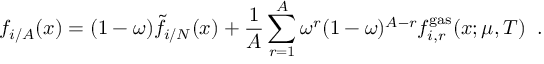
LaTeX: f _ { i / A } ( x ) = ( 1 - \omega ) { \tilde { f } } _ { i / N } ( x ) + { \frac { 1 } { A } } \sum _ { r = 1 } ^ { A } \omega ^ { r } ( 1 - \omega ) ^ { A - r } f _ { i , r } ^ { \mathrm { g a s } } ( x ; \mu , T ) \; \; .